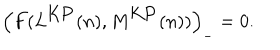
LaTeX: \left( F ( L ^ { \mathrm { K P } } ( n ) , M ^ { \mathrm { K P } } ( n ) ) \right) _ { - } = 0 .